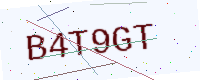
Text: B4T9GT